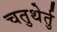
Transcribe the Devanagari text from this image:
चतुथेर्तु